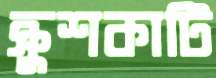
ক্রুশকাটি